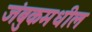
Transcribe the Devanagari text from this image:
जंबुकमधील